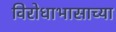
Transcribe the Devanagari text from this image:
विरोधाभासाच्या